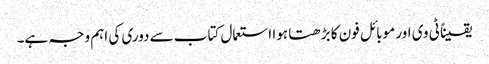
یقیناً ٹی وی اور موبائل فون کا بڑھتا ہوا استعمال کتاب سے دوری کی اہم وجہ ہے۔